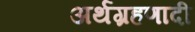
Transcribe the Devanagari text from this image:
अर्थग्रहणादी